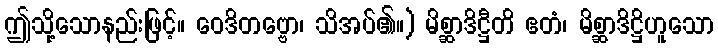
ဤသို့သောနည်းဖြင့်။ ဝေဒိတဗ္ဗော၊ သိအပ်၏။) မိစ္ဆာဒိဋ္ဌီတိ ဧတံ၊ မိစ္ဆာဒိဋ္ဌိဟူသော